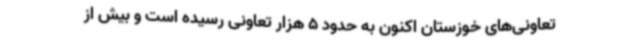
تعاونی‌های خوزستان اکنون به حدود 5 هزار تعاونی رسیده است و بیش از